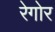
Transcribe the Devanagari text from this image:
रेगोर